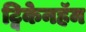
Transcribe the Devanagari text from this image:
ट्विकेनहॅम